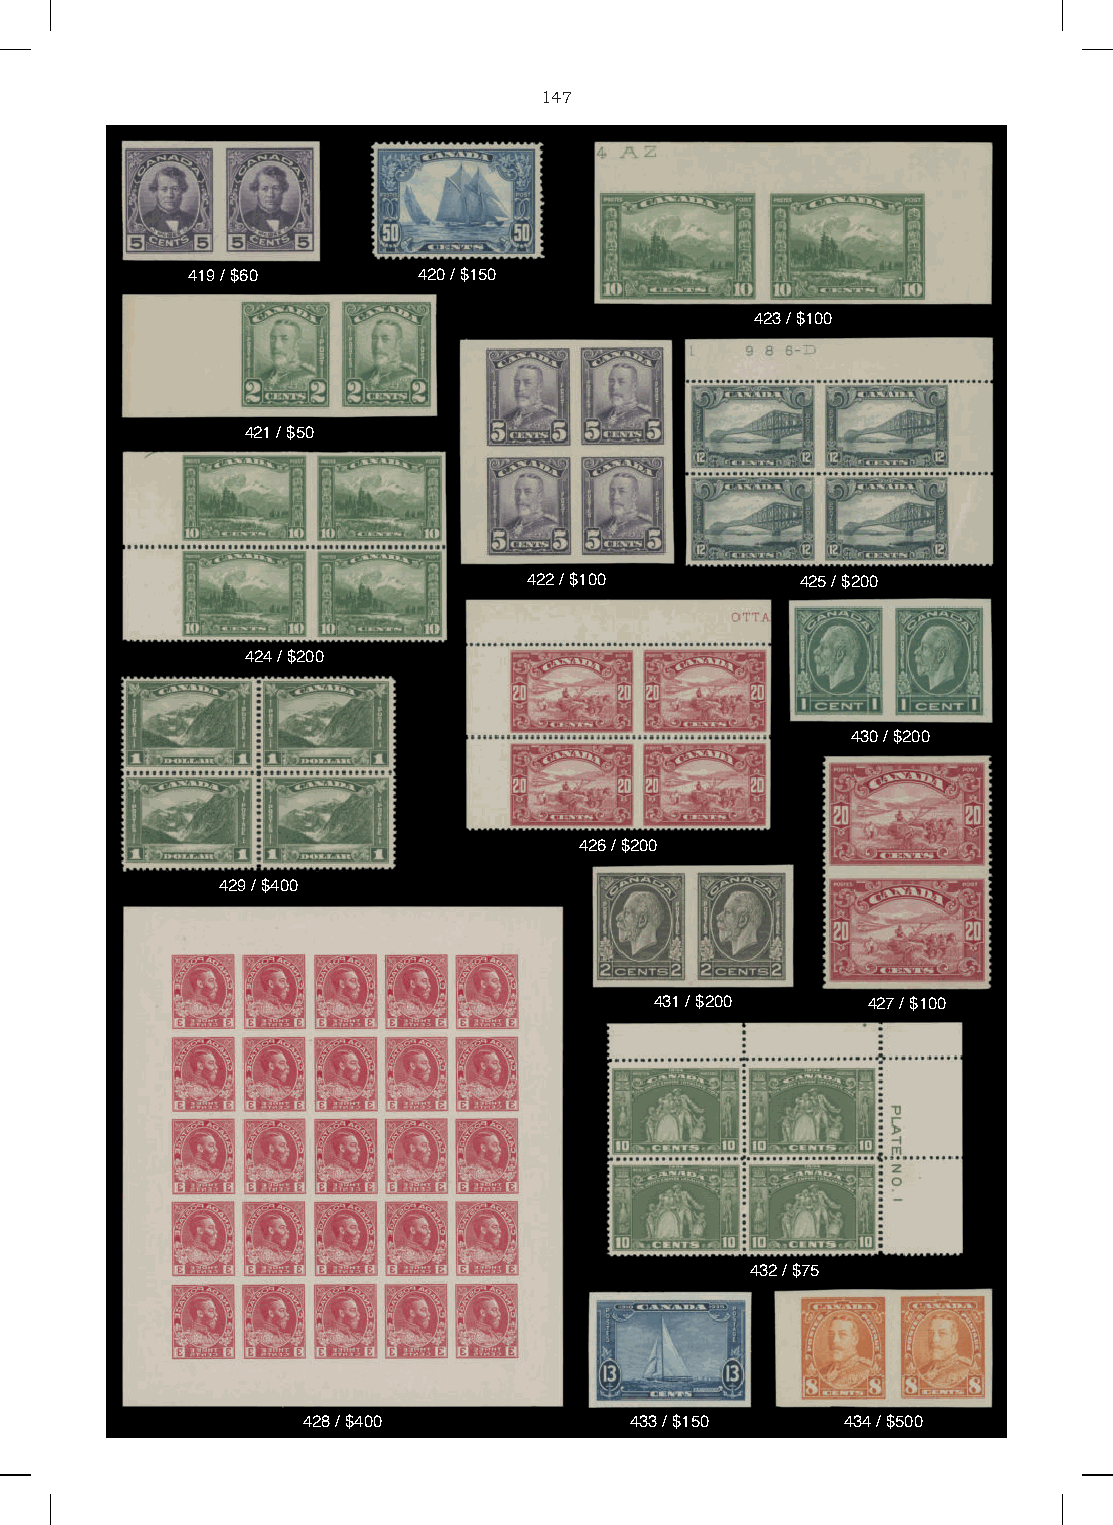
147
 419 / $60       420 / $150
 423 / $100
 421 / $50
 422 / $100        425 / $200
 424 / $200
 430 / $200
 426 / $200
 429 / $400
 431 / $200    427 / $100
 432 / $75
 428 / $400            433 / $150    434 / $500